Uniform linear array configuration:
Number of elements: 4
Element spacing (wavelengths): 1
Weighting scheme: exponential
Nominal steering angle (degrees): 0
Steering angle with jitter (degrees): -0.03686
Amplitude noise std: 0.05
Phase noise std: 0.05

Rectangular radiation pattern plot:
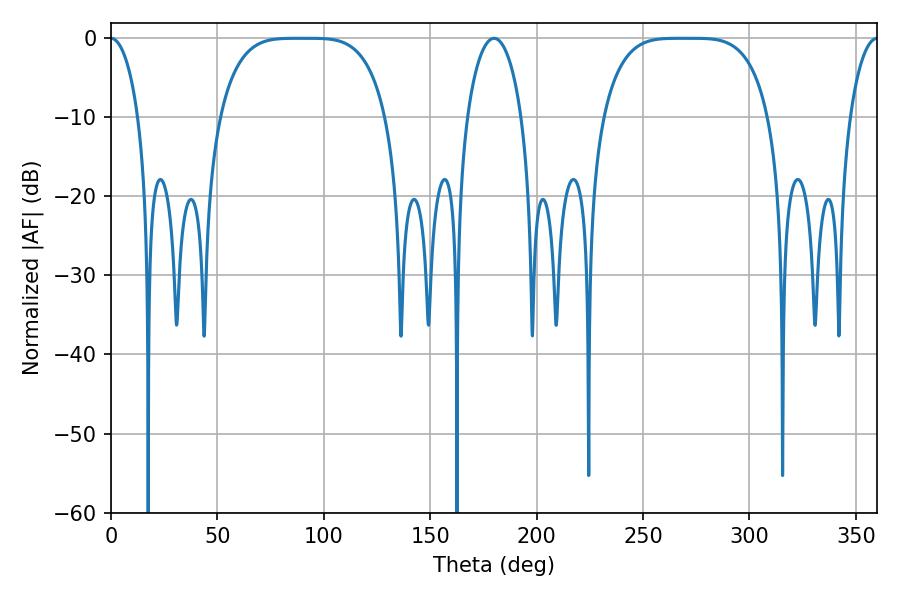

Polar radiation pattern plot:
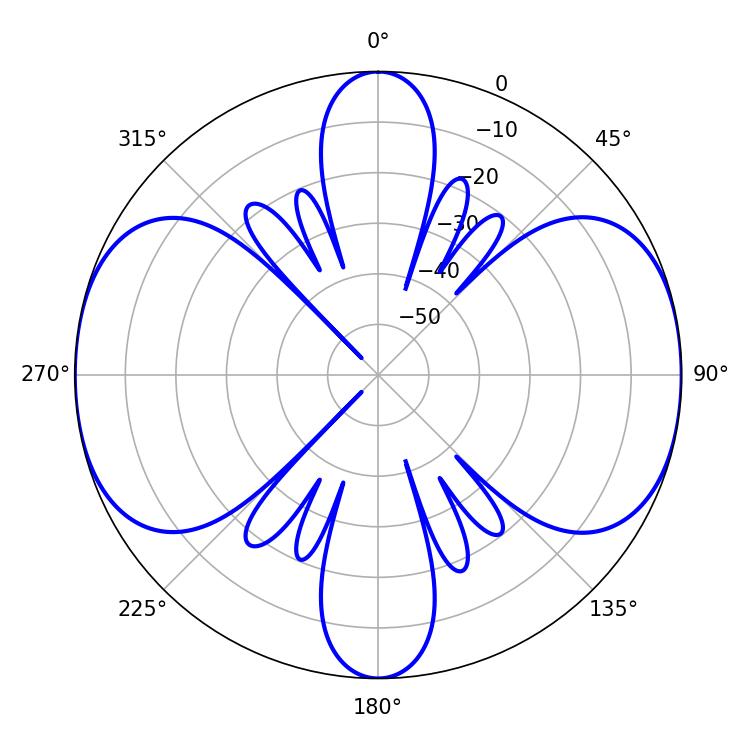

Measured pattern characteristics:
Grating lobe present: TRUE
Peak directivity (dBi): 30.747
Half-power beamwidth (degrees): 58.32
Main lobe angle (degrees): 269.64